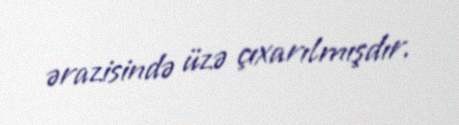
ərazisində üzə çıxarılmışdır.